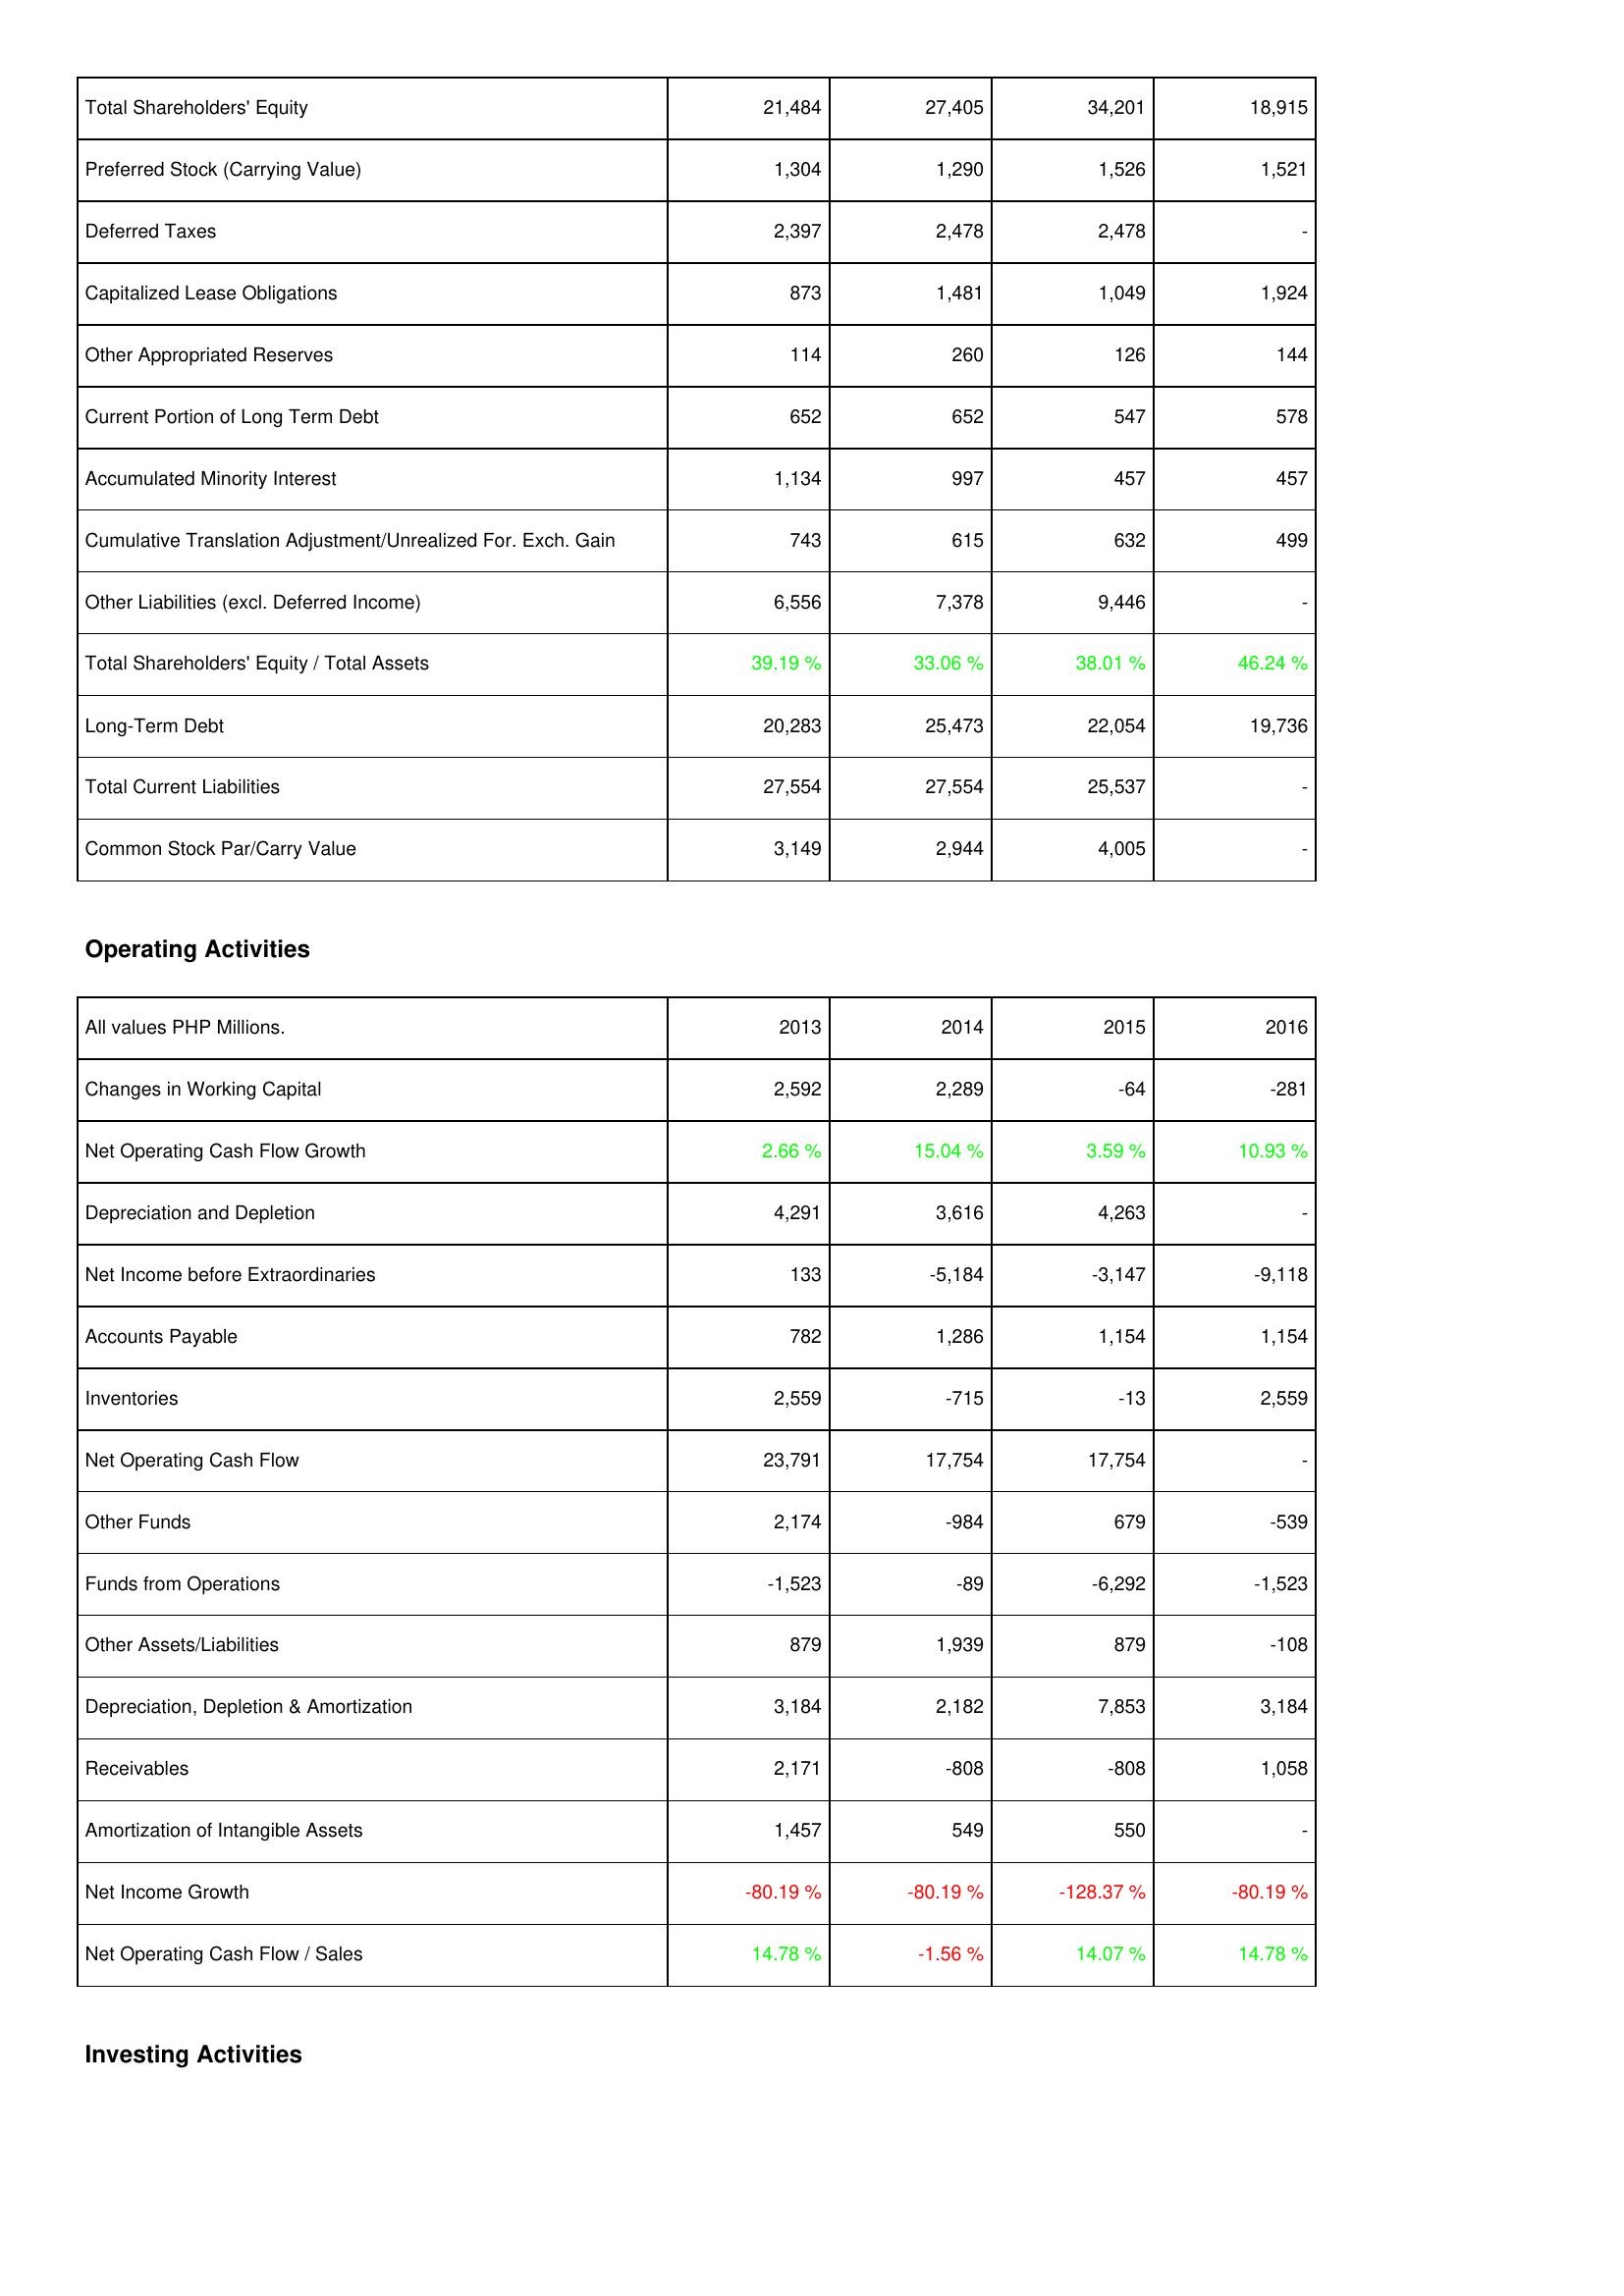
2013: Liabilities & Shareholders' Equity: Total Shareholders' Equity: 21,484
Preferred Stock (Carrying Value): 1,304
Deferred Taxes: 2,397
Capitalized Lease Obligations: 873
Other Appropriated Reserves: 114
Current Portion of Long Term Debt: 652
Accumulated Minority Interest: 1,134
Cumulative Translation Adjustment/Unrealized For. Exch. Gain: 743
Other Liabilities (excl. Deferred Income): 6,556
Total Shareholders' Equity / Total Assets: 39.19 %
Long-Term Debt: 20,283
Total Current Liabilities: 27,554
Common Stock Par/Carry Value: 3,149
Operating Activities: Changes in Working Capital: 2,592
Net Operating Cash Flow Growth: 2.66 %
Depreciation and Depletion: 4,291
Net Income before Extraordinaries: 133
Accounts Payable: 782
Inventories: 2,559
Net Operating Cash Flow: 23,791
Other Funds: 2,174
Funds from Operations: -1,523
Other Assets/Liabilities: 879
Depreciation, Depletion & Amortization: 3,184
Receivables: 2,171
Amortization of Intangible Assets: 1,457
Net Income Growth: -80.19 %
Net Operating Cash Flow / Sales: 14.78 %
2014: Liabilities & Shareholders' Equity: Total Shareholders' Equity: 27,405
Preferred Stock (Carrying Value): 1,290
Deferred Taxes: 2,478
Capitalized Lease Obligations: 1,481
Other Appropriated Reserves: 260
Current Portion of Long Term Debt: 652
Accumulated Minority Interest: 997
Cumulative Translation Adjustment/Unrealized For. Exch. Gain: 615
Other Liabilities (excl. Deferred Income): 7,378
Total Shareholders' Equity / Total Assets: 33.06 %
Long-Term Debt: 25,473
Total Current Liabilities: 27,554
Common Stock Par/Carry Value: 2,944
Operating Activities: Changes in Working Capital: 2,289
Net Operating Cash Flow Growth: 15.04 %
Depreciation and Depletion: 3,616
Net Income before Extraordinaries: -5,184
Accounts Payable: 1,286
Inventories: -715
Net Operating Cash Flow: 17,754
Other Funds: -984
Funds from Operations: -89
Other Assets/Liabilities: 1,939
Depreciation, Depletion & Amortization: 2,182
Receivables: -808
Amortization of Intangible Assets: 549
Net Income Growth: -80.19 %
Net Operating Cash Flow / Sales: -1.56 %
2015: Liabilities & Shareholders' Equity: Total Shareholders' Equity: 34,201
Preferred Stock (Carrying Value): 1,526
Deferred Taxes: 2,478
Capitalized Lease Obligations: 1,049
Other Appropriated Reserves: 126
Current Portion of Long Term Debt: 547
Accumulated Minority Interest: 457
Cumulative Translation Adjustment/Unrealized For. Exch. Gain: 632
Other Liabilities (excl. Deferred Income): 9,446
Total Shareholders' Equity / Total Assets: 38.01 %
Long-Term Debt: 22,054
Total Current Liabilities: 25,537
Common Stock Par/Carry Value: 4,005
Operating Activities: Changes in Working Capital: -64
Net Operating Cash Flow Growth: 3.59 %
Depreciation and Depletion: 4,263
Net Income before Extraordinaries: -3,147
Accounts Payable: 1,154
Inventories: -13
Net Operating Cash Flow: 17,754
Other Funds: 679
Funds from Operations: -6,292
Other Assets/Liabilities: 879
Depreciation, Depletion & Amortization: 7,853
Receivables: -808
Amortization of Intangible Assets: 550
Net Income Growth: -128.37 %
Net Operating Cash Flow / Sales: 14.07 %
2016: Liabilities & Shareholders' Equity: Total Shareholders' Equity: 18,915
Preferred Stock (Carrying Value): 1,521
Deferred Taxes: -
Capitalized Lease Obligations: 1,924
Other Appropriated Reserves: 144
Current Portion of Long Term Debt: 578
Accumulated Minority Interest: 457
Cumulative Translation Adjustment/Unrealized For. Exch. Gain: 499
Other Liabilities (excl. Deferred Income): -
Total Shareholders' Equity / Total Assets: 46.24 %
Long-Term Debt: 19,736
Total Current Liabilities: -
Common Stock Par/Carry Value: -
Operating Activities: Changes in Working Capital: -281
Net Operating Cash Flow Growth: 10.93 %
Depreciation and Depletion: -
Net Income before Extraordinaries: -9,118
Accounts Payable: 1,154
Inventories: 2,559
Net Operating Cash Flow: -
Other Funds: -539
Funds from Operations: -1,523
Other Assets/Liabilities: -108
Depreciation, Depletion & Amortization: 3,184
Receivables: 1,058
Amortization of Intangible Assets: -
Net Income Growth: -80.19 %
Net Operating Cash Flow / Sales: 14.78 %